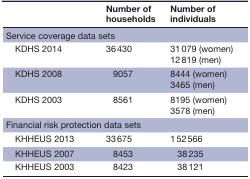
|  | Number of households | Number of individuals |
 | --- | --- | --- |
 | <COLSPAN=3> Service coverage data sets |
 | KDHS 2014 | 36 430 | 31 079 (women) 12 819 (men) |
 | KDHS 2008 | 9057 | 8444 (women) 3465 (men) |
 | KDHS 2003 | 8561 | 8195 (women) 3578 (men) |
 | <COLSPAN=3> Financial risk protection data sets |
 | KHHEUS 2013 | 33 675 | 1 52 566 |
 | KHHEUS 2007 | 8453 | 38 235 |
 | KHHEUS 2003 | 8423 | 38 121 |